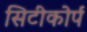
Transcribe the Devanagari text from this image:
सिटीकोर्प